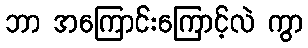
ဘာ အကြောင်းကြောင့်လဲ ကွာ